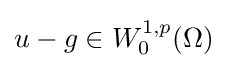
u-g\in W_{0}^{1,p}(\Omega )